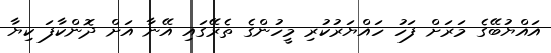
އައްޔުބޭގެ މަރަށް ފަހު ހައްޔަރުކުރި މީހުންގެ ތެރޭގައި އޭނާ އަށް ދޮންކާފަ ކިޔާ